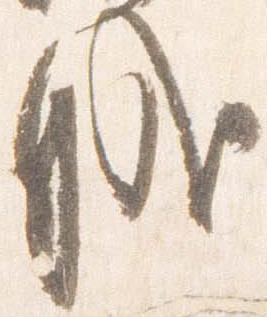
職